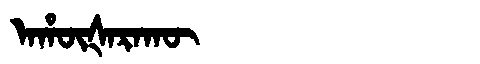
Manchu: ᠠᡥᡡᡧᠠᡵᠠᡴᡡ
Romanization: AHŪŠARAKŪ